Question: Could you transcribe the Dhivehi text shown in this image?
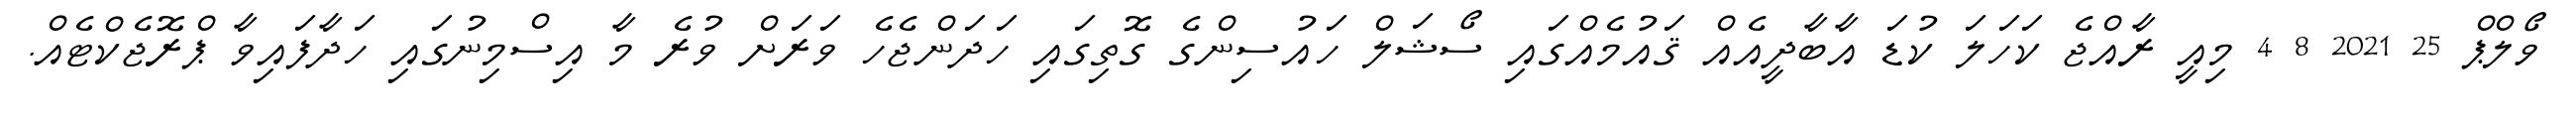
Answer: ވޯލްޕް 25 2021 8 4 މިއީ ރާއްޖެ ކަހަލަ ކުޑަ އާބާދީއެއް ޤައުމެއްގައި ސޯޝަލް ހައުސިންގެ ގޮތިގައި ހަދަންޖެހެ ވަރަށް ވުރެ މާ އިސްމިނުގައި ހަދާފައިވާ ޕްރޮޖެކްޓެއް.